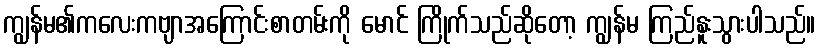
ကျွန်မ၏ကလေးကဗျာအကြောင်းစာတမ်းကို မောင် ကြိုက်သည်ဆိုတော့ ကျွန်မ ကြည်နူးသွားပါသည်။